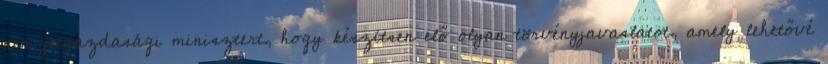
nemzetgazdasági minisztert, hogy készítsen elő olyan törvényjavaslatot, amely lehetővé